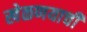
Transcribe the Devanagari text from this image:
खेळणयाची